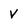
Character: V